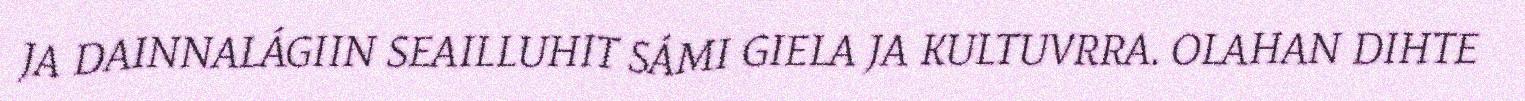
JA DAINNALÁGIIN SEAILLUHIT SÁMI GIELA JA KULTUVRRA. OLAHAN DIHTE